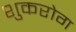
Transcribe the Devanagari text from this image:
शुकरोग